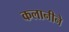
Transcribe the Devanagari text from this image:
कलानीने